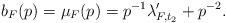
LaTeX: \begin{align*}b_F(p)=\mu_F(p)=p^{-1}\lambda'_{F,t_2}+p^{-2}.\end{align*}